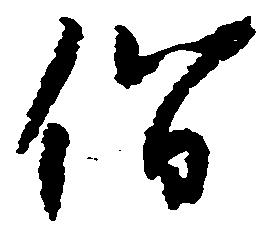
僧